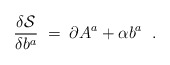
\begin{align*}\frac{\delta \mathcal{S}}{\delta b^a}\;=\;\partial A^a+\alpha b^a\;\;.\end{align*}